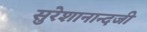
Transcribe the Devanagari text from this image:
सुरेशानान्दजी